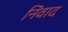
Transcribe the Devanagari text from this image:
निंवाद